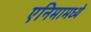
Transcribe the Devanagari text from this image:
एनिमामध्ये